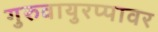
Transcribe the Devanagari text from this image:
गुरुवायुरप्पावर